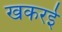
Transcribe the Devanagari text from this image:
खकरई